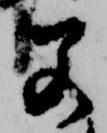
若